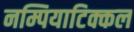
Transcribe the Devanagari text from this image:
नम्पियाटिक्कल